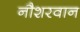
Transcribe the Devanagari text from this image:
नौशरवान